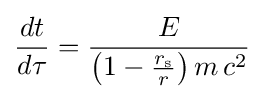
{\frac {dt}{d\tau }}={\frac {E}{\left(1-{\frac {r_{\text{s}}}{r}}\right)m\,c^{2}}}